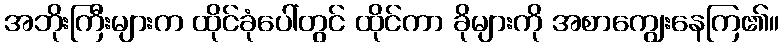
အဘိုးကြီးများက ထိုင်ခုံပေါ်တွင် ထိုင်ကာ ခိုများကို အစာကျွေးနေကြ၏။